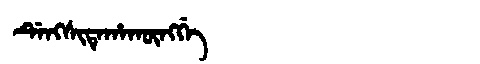
Manchu: ᡩᡝᠩᠰᡳᡨᡝᡥᠠᡴᡡᠩᡤᡝ
Romanization: DENGSITEHAKŪNGGE